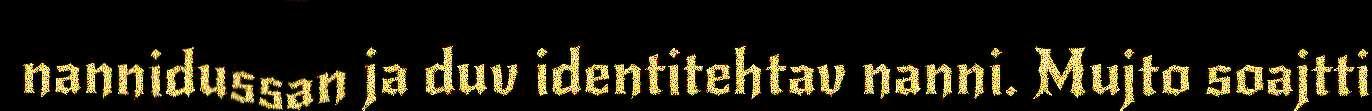
nannidussan ja duv identitehtav nanni. Mujto soajtti